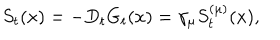
S _ { t } ( x ) = - D _ { t } G _ { t } ( x ) = \gamma _ { \mu } S _ { t } ^ { ( \mu ) } ( x ) ,